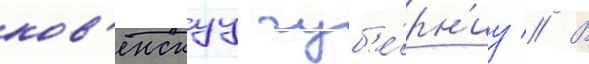
ков'енскуу губ'е́рн'иу // В